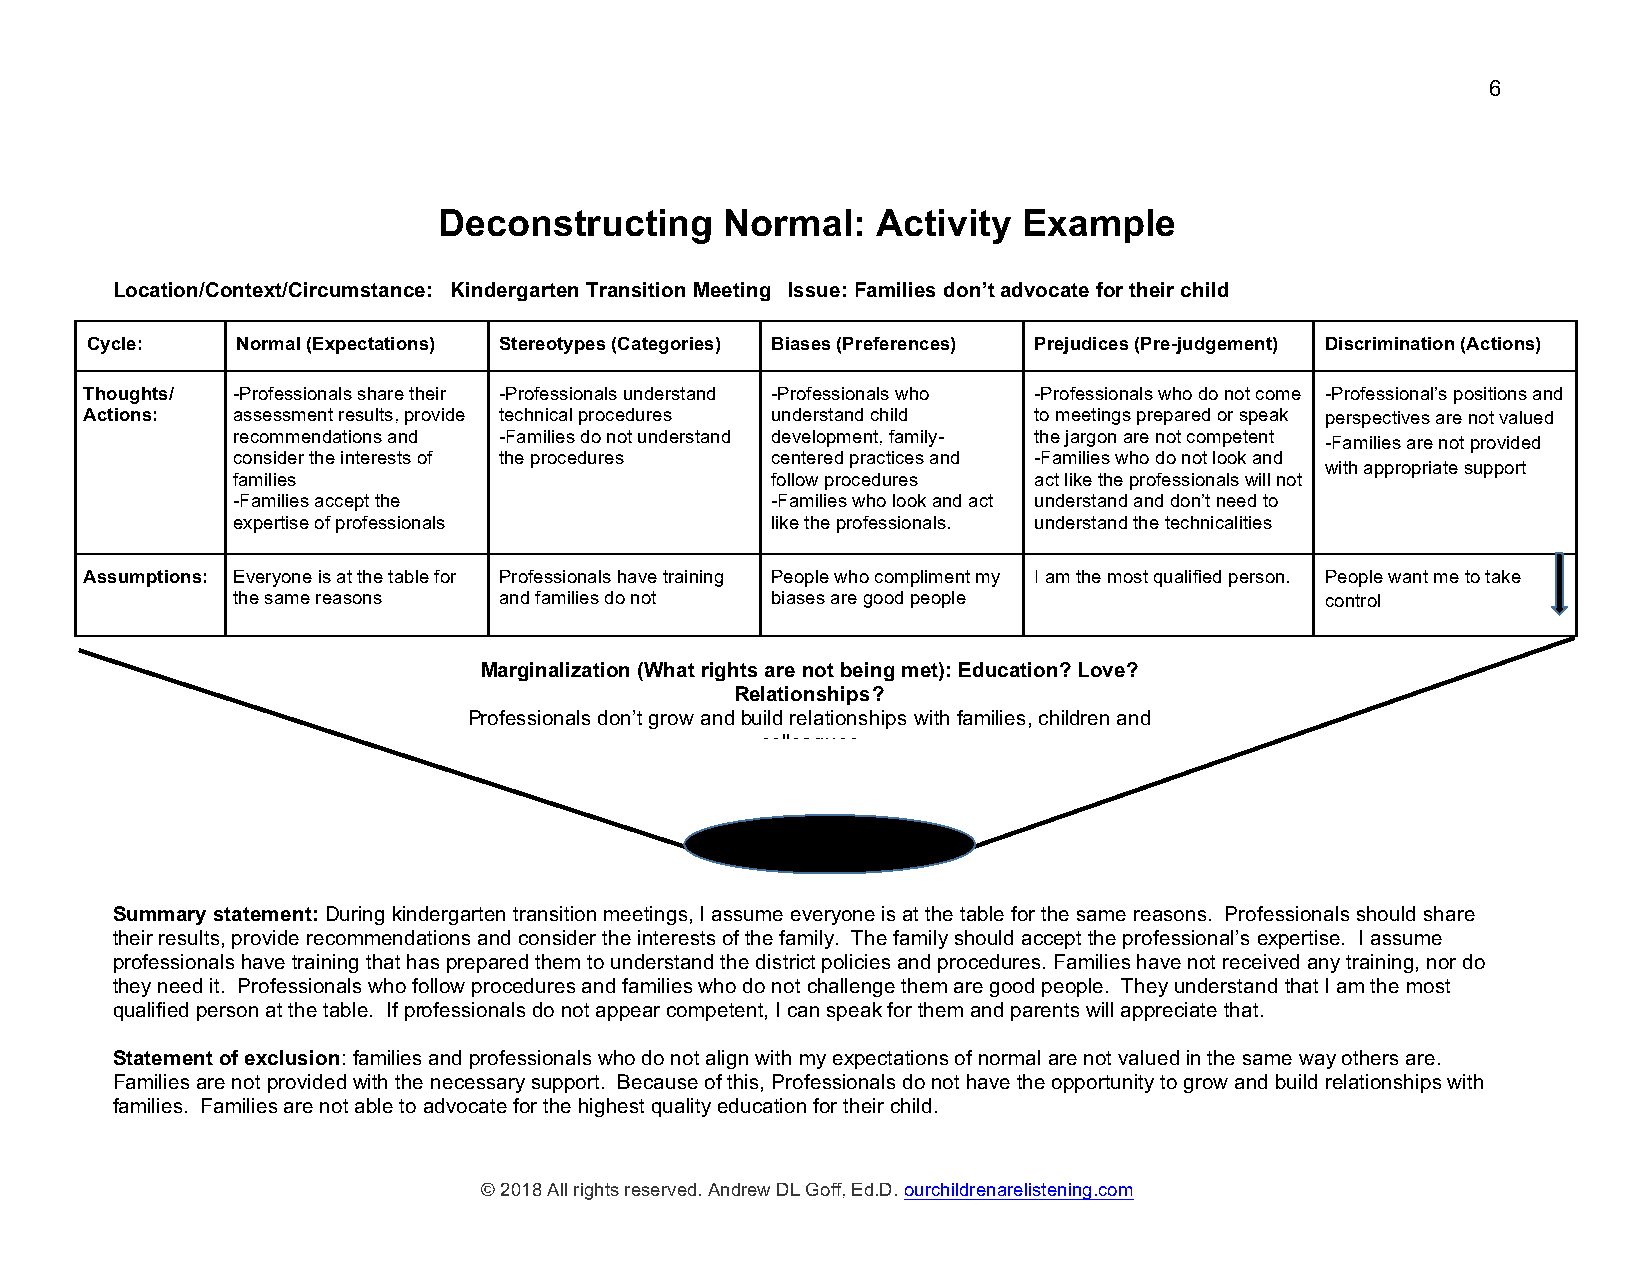
6
 Deconstructing     Normal:   Activity  Example
 Location/Context/Circumstance: Kindergarten Transition Meeting Issue: Families don’t advocate for their child
 Cycle:    Normal (Expectations) S t e r e o t y pes (Categories) Biases (Preferences) Prejudices (Pre-judgement) Discrimination (Actions)
 Thoughts/ -Professionals share their -Professionals understand -Professionals who -Professionals who do not come -Professional’s positions and
 Actions: assessment results, provide technical procedures understand child to meetings prepared or speak perspectives are not valued
 recommendations and -Families do not understand development, family- the jargon are not competent
 -Families are not provided
 consider the interests of the procedures centered practices and -Families who do not look and
 with appropriate support
 families                            follow procedures act like the professionals will not
 -Families accept the                -Families who look and act understand and don’t need to
 expertise of professionals          like the professionals. understand the technicalities
 Assumptions: Everyone is at the table for Professionals have training People who compliment my I am the most qualified person. People want me to take
 the same reasons  and families do not biases are good people             control
 Marginalization (What rights are not being met): Education? Love?
 Relationships?
 Professionals don’t grow and build relationships with families, children and
 colleagues
 Summary statement: During kindergarten transition meetings, I assume everyone is at the table for the same reasons. Professionals should share
 their results, provide recommendations and consider the interests of the family. The family should accept the professional’s expertise. I assume
 professionals have training that has prepared them to understand the district policies and procedures. Families have not received any training, nor do
 they need it. Professionals who follow procedures and families who do not challenge them are good people. They understand that I am the most
 qualified person at the table. If professionals do not appear competent, I can speak for them and parents will appreciate that.
 Statement of exclusion: families and professionals who do not align with my expectations of normal are not valued in the same way others are.
 Families are not provided with the necessary support. Because of this, Professionals do not have the opportunity to grow and build relationships with
 families. Families are not able to advocate for the highest quality education for their child.
 © 2018 All rights reserved. Andrew DL Goff, Ed.D. ourchildrenarelistening.com